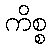
ကိစ္စ